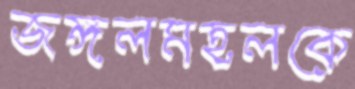
জঙ্গলমহলকে